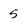
Character: 5